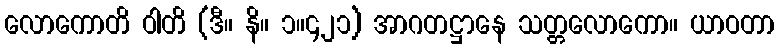
လောကောတိ ဝါတိ (ဒီ။ နိ။ ၁။၄၂၁) အာဂတဋ္ဌာနေ သတ္တလောကော။ ယာဝတာ